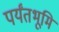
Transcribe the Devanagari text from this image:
पर्यंतभूमि